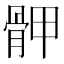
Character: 𩨹